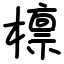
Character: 檩